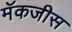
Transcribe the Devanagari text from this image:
मॅकजीस